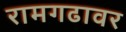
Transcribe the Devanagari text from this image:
रामगढावर